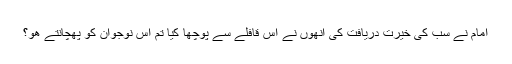
امام نے سب کی خیرت دریافت کی انھوں نے اس قافلے سے پوچھا کیا تم اس نوجوان کو پھچانتے ھو؟